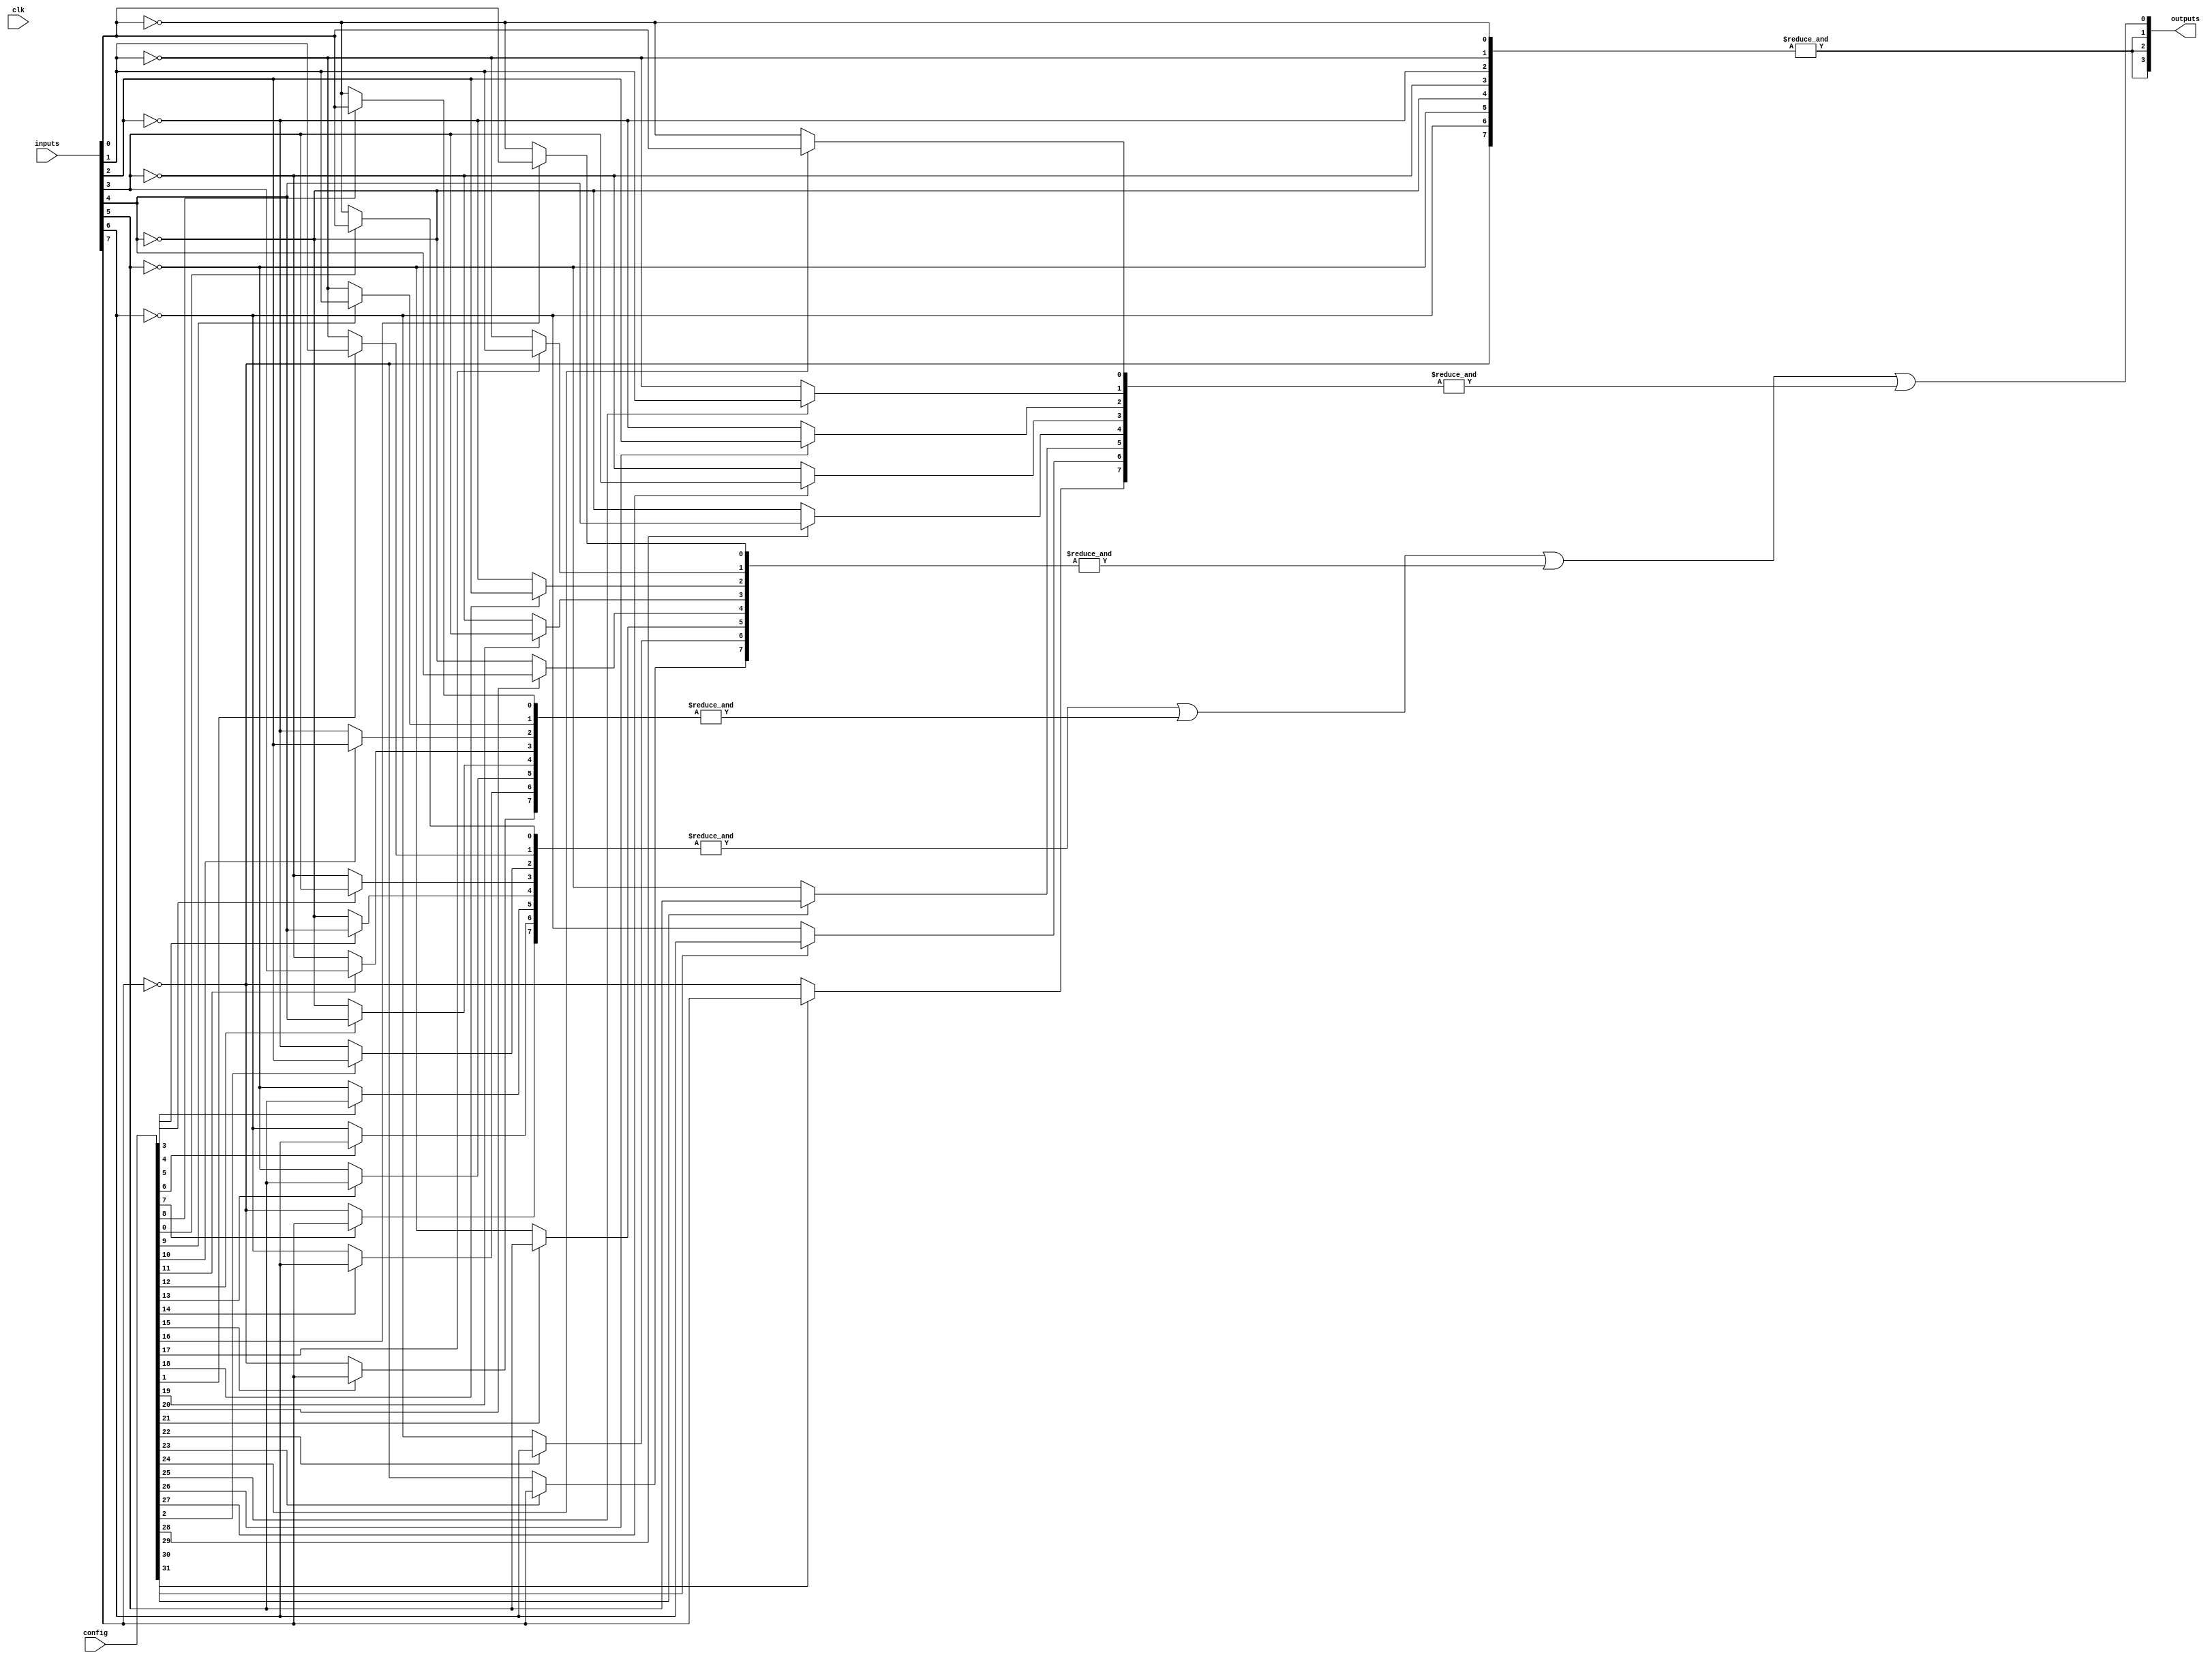
module GAL (
    input  wire [N-1:0] inputs, // N input signals
    output wire [M-1:0] outputs, // M output signals
    input  wire [C-1:0] config, // Configuration memory for interconnections
    input  wire clk // Clock for synchronous operations (if needed)
);
    
    parameter N = 8; // Number of inputs
    parameter M = 4; // Number of outputs
    parameter K = 16; // Number of AND gates
    parameter C = 32; // Configuration bits for AND gates
    
    // AND gate outputs
    wire [K-1:0] and_outputs;
    
    // Create programmable AND gates
    genvar i, j;
    generate
        for (i = 0; i < K; i = i + 1) begin : and_gate
            wire [N-1:0] and_inputs;
            // Connections to AND gate based on configuration
            for (j = 0; j < N; j = j + 1) begin
                assign and_inputs[j] = (config[i*N + j] == 1'b1) ? inputs[j] : ~inputs[j];
            end
            // Produce the AND gate output
            assign and_outputs[i] = &and_inputs; // AND operation
        end
    endgenerate
    
    // Fixed OR array
    // Each output can connect to multiple AND gates (for simplicity, let's say each output connects to 4 AND gates)
    // You can customize this based on your requirements
    generate
        for (i = 0; i < M; i = i + 1) begin : or_gate
            assign outputs[i] = and_outputs[i*4] | and_outputs[i*4+1] | and_outputs[i*4+2] | and_outputs[i*4+3];
        end
    endgenerate
    
endmodule